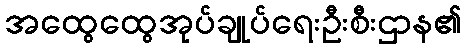
အထွေထွေအုပ်ချုပ်ရေးဦးစီးဌာန၏